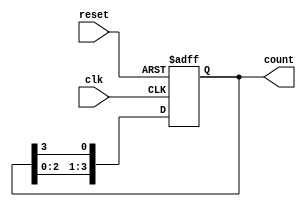
module multi_stage_ring_counter #(
    parameter N = 4  // Number of stages (flip-flops)
)(
    input wire clk,          // Clock signal
    input wire reset,        // Asynchronous reset signal
    output reg [N-1:0] count // Output representing the current state of the counter
);

// Initial state
initial begin
    count = 1; // Start with '1000' for N=4
end

// Always block triggered on the rising edge of the clock or reset
always @(posedge clk or posedge reset) begin
    if (reset) begin
        count <= 1; // Reset to initial state '1000' for N=4
    end else begin
        // Shift the '1' to the right
        count <= {count[N-2:0], count[N-1]}; // Shift right
    end
end

endmodule